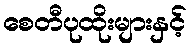
စေတီပုထိုးများနှင့်